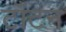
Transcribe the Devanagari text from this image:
टाँटन